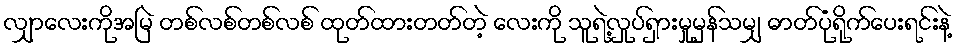
လျှာလေးကိုအမြဲ တစ်လစ်တစ်လစ် ထုတ်ထားတတ်တဲ့ လေးကို သူရဲ့လှုပ်ရှားမှုမှန်သမျှ ဓာတ်ပုံရိုက်ပေးရင်းနဲ့